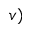
v )